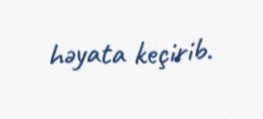
həyata keçirib.